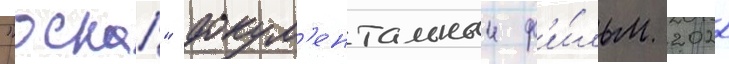
"оскар" докум'ентальныи ф'и́льм 2022